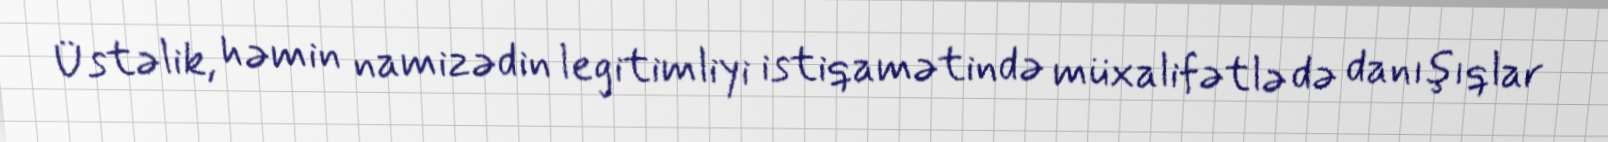
Üstəlik, həmin namizədin legitimliyi istiqamətində müxalifətlə də danışıqlar